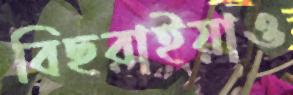
বিছরাইয়াও